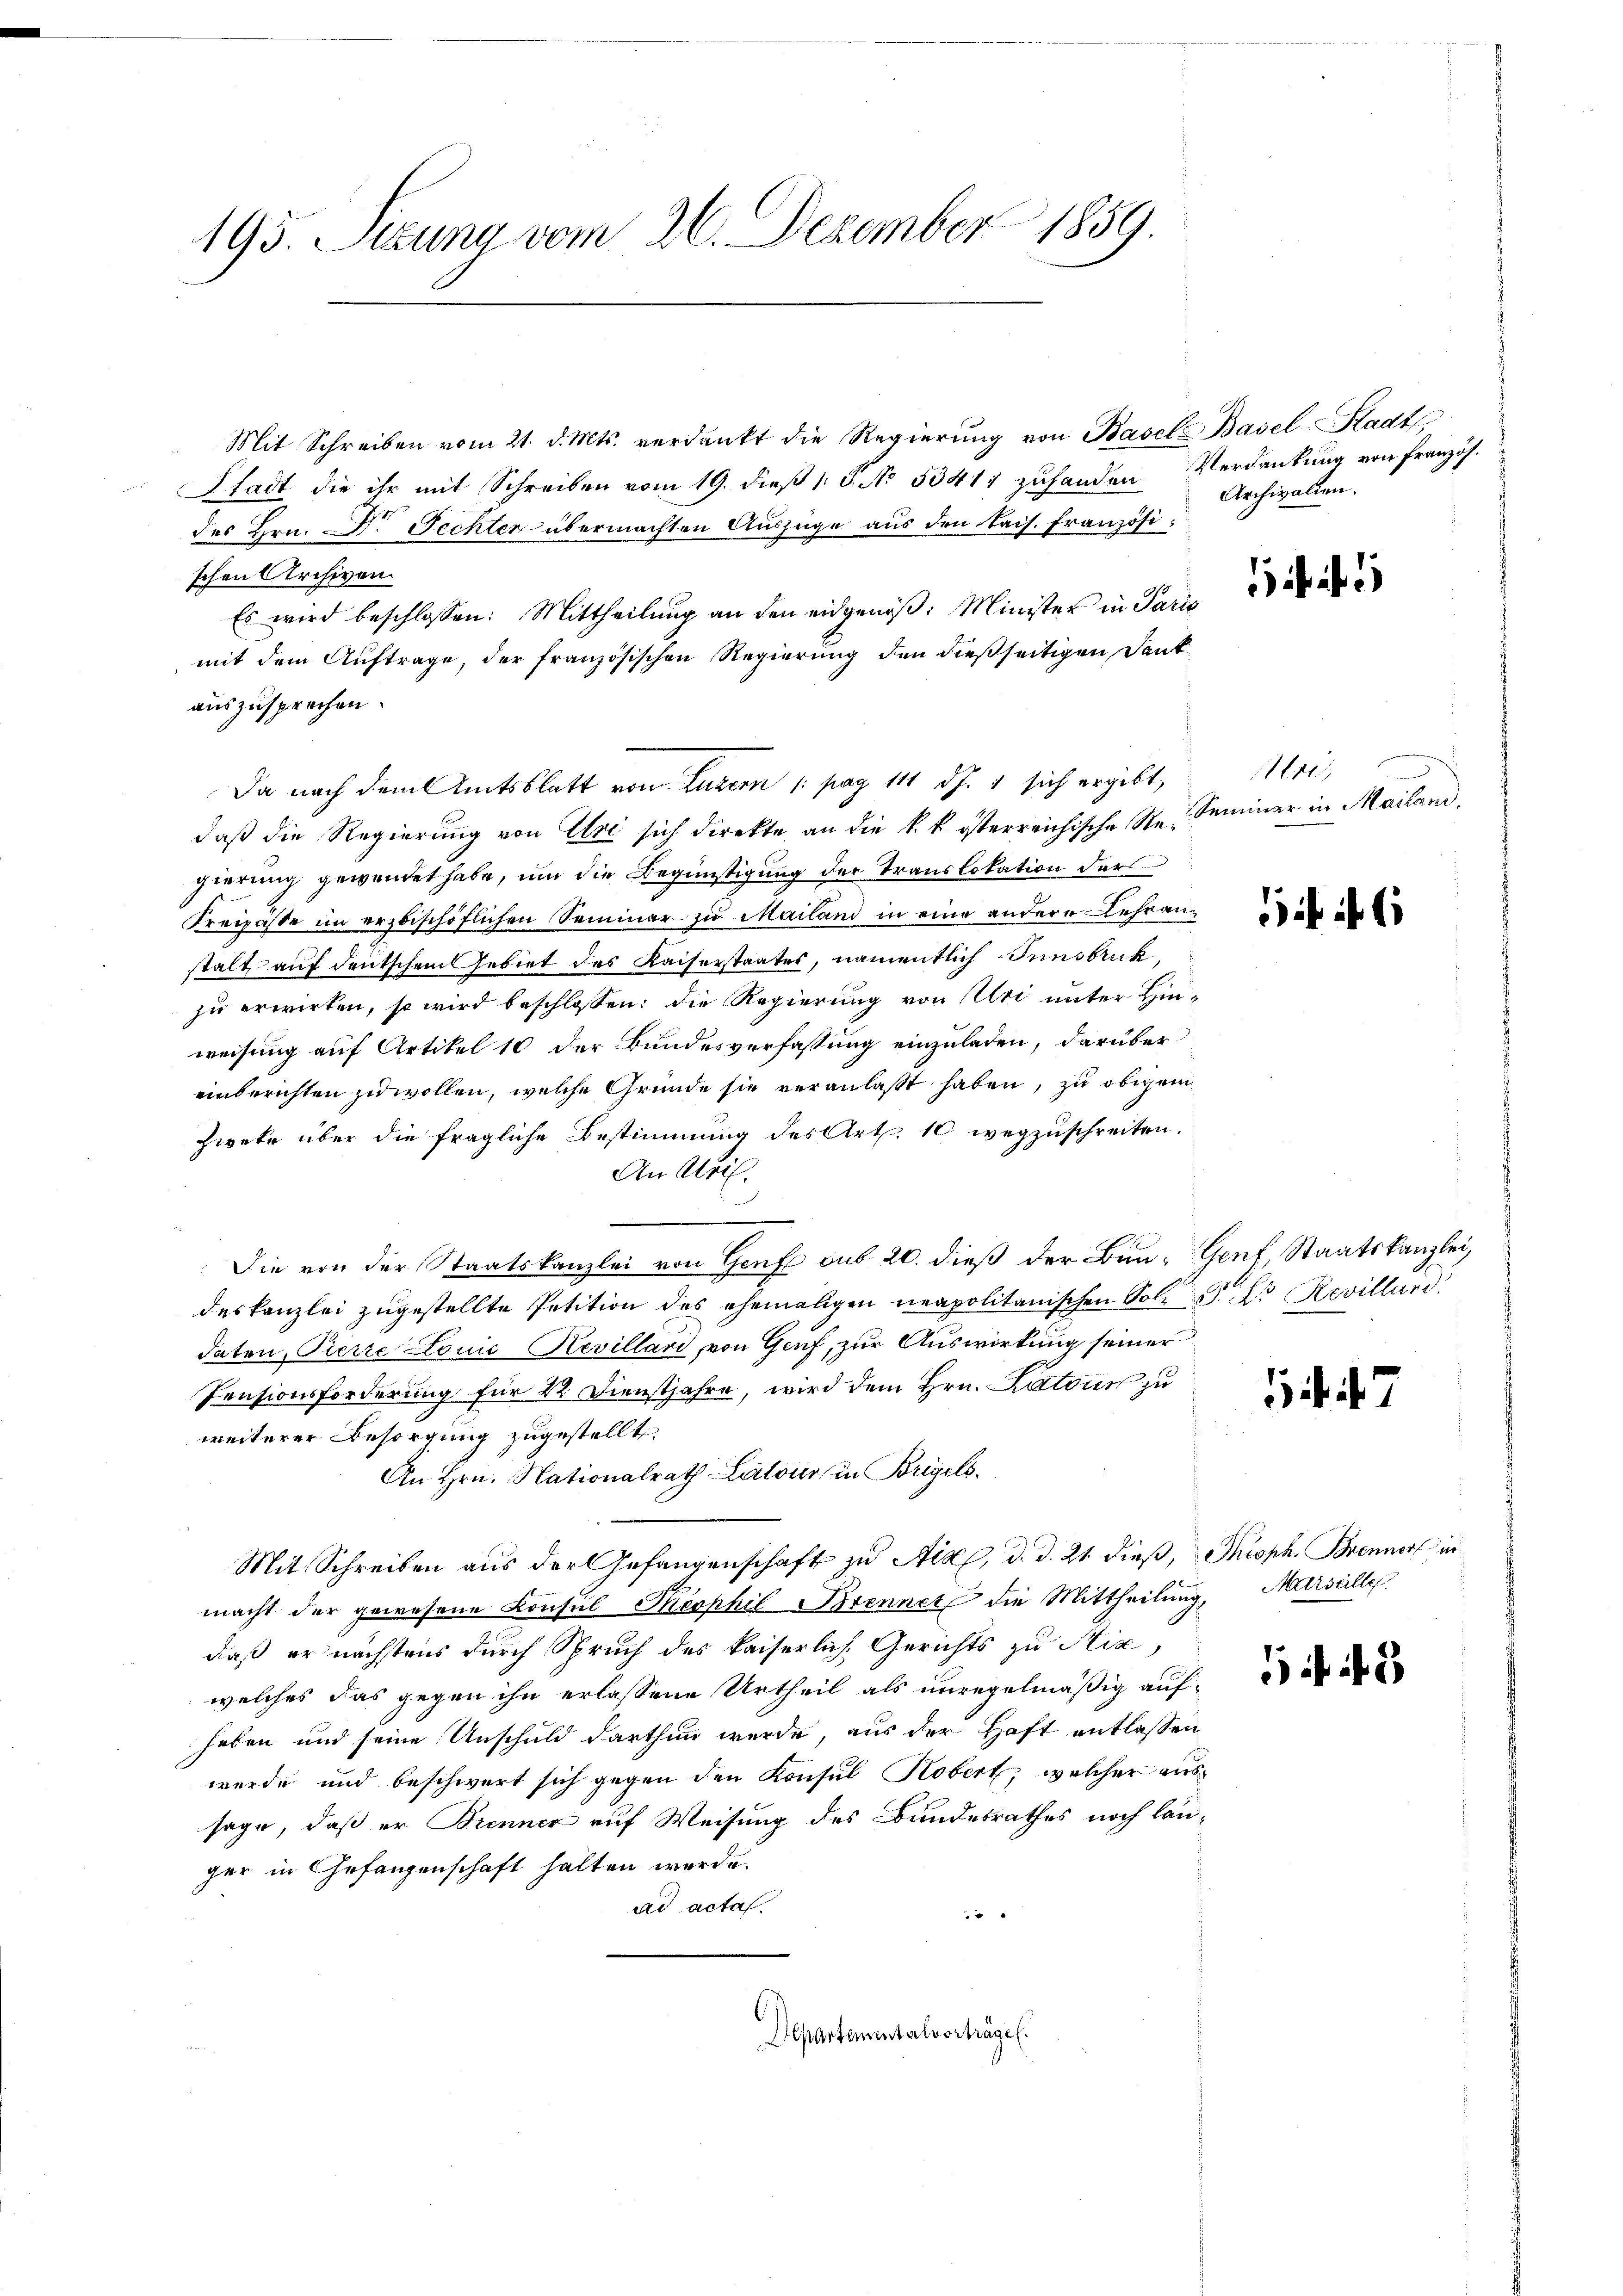
193. Sitzung vom 26. Dezember 1859.

Mit Schreiben vom 21. d. Mts. verdankt die Regierŭng von Basel Basel-Stadt
Stadt die ihr mit Schreiben vom 19. dieß (: P. No. 5341 zuhanden Verdankung von Französ.
des Hrn. Dr Fechter übermachten Auszüge aus den kais. Französischen Archiven.
Es wird beschlossen: Mittheilung an den eidgenöß: Minister in Paris
mit dem Auftrage, der französischen Regierung den dießseitigen Dankauszusprechen.
Da nach dem Amtsblatt von Luzern /: pag 111 d. 1 sich ergibt,
daß die Regierung von Uri sich direkte an die k. k. österreichische Regierung gewendet habe, um die Begünstigung der Translokation der
Freipässe im erzbischöflichen Seminar zu Mailand in eine andere Lehranstalt auf deutschem Gebiet des Kaiserstaates, namentlich Innsbruck,
zu erwirken, so wird beschlossen: die Regierung von Uri unter Hinweisung auf Artikel 10 der Bundesverfassung einzuladen, darüber
einberichten zu wollen, welche Gründe sie veranlaßt haben, zu obigem
Zweke über die fragliche Bestimmung des Art. 10 wegzuschreiten.
An Meil
.
Die von der Staatskanzlei von Genf sub 20. dieß der Bau- Genf, Staatskanzlei,
deskanzlei zugestellte Petition des ehemaligen neapolitanischen Poli S. der Revillard,
daten, Pierre LouićHevillari, von Genf, zur Auswirkung seiner
Pensionsforderung für 22. Dienstjahre, wird dem Hrn. Katonis zu
weiterer Besorgung zugestellt.
An Hrn. Nationalrath Latour in Brigels
Mit Schreiben aus der Gefangenschaft zu Aixx, d. d. 21. dieß, Troph. Brenner in
macht der gewesene Konsul Theophil Brenner die Mittheilung, Marseille
daß er nächstens durch Spruch des kaiserliche Gerichts zu Niz
welches das gegen ihn erlassene Urtheil als unregelmäßig auf-
haben und seine Unschuld darthun werde, aus der Haft entlassen
werde und beschwert sich gegen den Konsul Kobert, welcher aussage, daß er Brenner auf Weisung des Bundesrathes noch langer in Gefangenschaft halten werde.
ad acta
x
Departementalvorträge.

Archivalien.

Mor
Seminar in Mailand,

1

1 f. 47

3